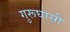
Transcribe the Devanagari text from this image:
गुरूघासी